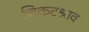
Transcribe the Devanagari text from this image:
चिकटश्राव